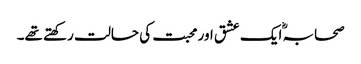
صحابہؓ ایک عشق اور محبت کی حالت رکھتے تھے۔